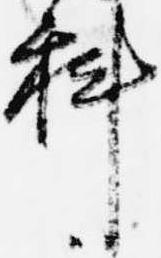
科